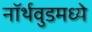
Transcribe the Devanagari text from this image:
नॉर्थवुडमध्ये